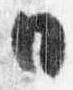
日